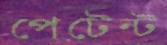
পেটেন্ট